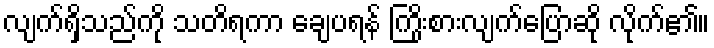
လျက်ရှိသည်ကို သတိရကာ ချေပရန် ကြိုးစားလျက်ပြောဆို လိုက်၏။